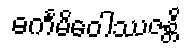
ဓင်္ကမိဝေါဿဇန္တိ